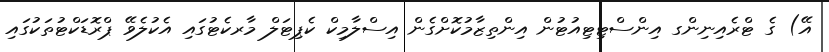
އޭ) ގެ ޓްރެއިނިންގ އިންސްޓިޓިއުޓުން އިންތިޒާމުކޮށްގެން އިސްލާމިކް ކެޕިޓަލް މާރކެޓުގައި އެކުލެވޭ ޕްރޮޑަކްޓުތަކުގައި